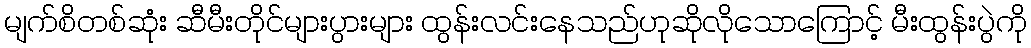
မျက်စိတစ်ဆုံး ဆီမီးတိုင်များပွားများ ထွန်းလင်းနေသည်ဟုဆိုလိုသောကြောင့် မီးထွန်းပွဲကို